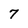
Character: 7